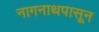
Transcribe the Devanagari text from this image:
नागनाथपासून